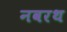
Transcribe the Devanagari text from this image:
नवरथ